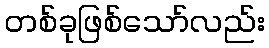
တစ်ခုဖြစ်သော်လည်း